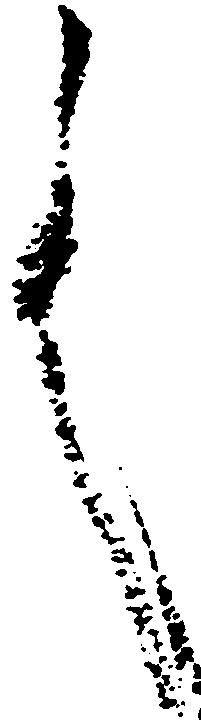
言